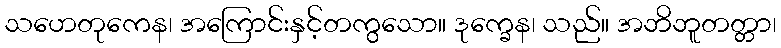
သဟေတုကေန၊ အကြောင်းနှင့်တကွသော။ ဒုက္ခေန၊ သည်။ အဘိဘူတတ္တာ၊